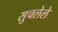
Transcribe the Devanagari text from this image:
सुचलेले